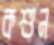
কশুন